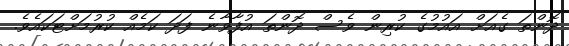
ދޮންތަ ގެއަށް އައުމުގެ ކުރިން ވެސް ދޮންތަ އުފާވާނެ ފަދަ ކަމެއް ކުރުމަށްޓަކައެވެ.